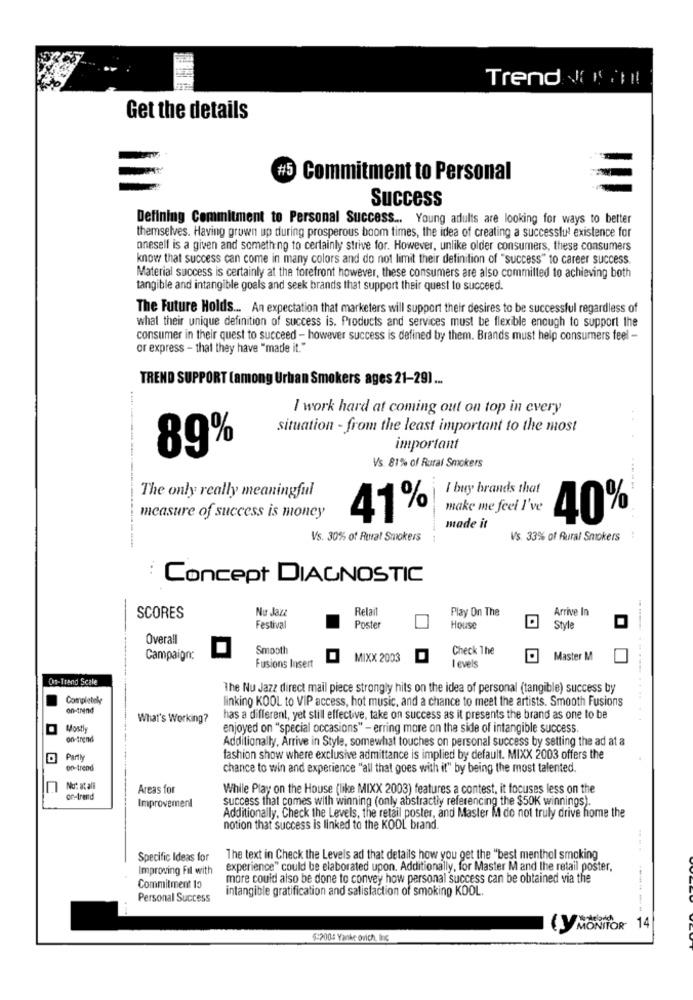
Trend want
Get the details
#5 Commitment to Personal
Success
Defining Commitment to Personal Success ... Young adults are looking for ways to better
themselves. Having grown up during prosperous boom times, the idea of creating a successful existence for
oneself is a given and something to certainly strive for. However, unlike older consumers, these consumers
know that success can come in many colors and do not limit their definition of "success" to career success.
Material success is certainly at the forefront however, these consumers are also committed to achieving both
tangible and intangible goals and seek brands that support their quest to succeed.
The Future Holds ... An expectation that marketers will support their desires to be successful regardless of
what their unique definition of success is. Products and services must be flexible enough to support the
consumer in their quest to succeed - however success is defined by them. Brands must help consumers feel -
or express - that they have "made it."
TREND SUPPORT (among Urban Smokers ages 21-29) ...
I work hard at coming out on top in every
situation - from the least important to the most
89%
important
Vs. 81% of Rural Smokers
I buy brands that
The only really meaningful
make me feel I've
measure of success is money
41%
40%
made it
Vs. 30% of Rural Smokers
Vs. 33% of Rural Smokers
Concept DIAGNOSTIC
Nu Jazz
Relail
Play On The
Arrive In
SCORES
Festival
Poster
House
Style
Overall
Smooth
Check The
Campaign:
MIXX 2003
Levels
Master M
Fusions Insert
On-Trend Scale
The Nu Jazz direct mail piece strongly hits on the idea of personal (tangible) success by
Completely
linking KOOL to VIP access, hot music, and a chance to meet the artists. Smooth Fusions
on-trend
What's Working?
has a different, yet still effective, take on success as it presents the brand as one to be
Mostly
enjoyed on "special occasions" - erring more on the side of intangible success.
on-trend
Additionally, Arrive in Style, somewhat touches on personal success by setting the ad at a
Partly
fashion show where exclusive admittance is implied by default. MIXX 2003 offers the
on-trend
chance to win and experience "all that goes with it" by being the most talented.
Not at all
Areas for
While Play on the House (like MIXX 2003) features a contest, it focuses less on the
on-trend
success that comes with winning (only abstractly referencing the $50K winnings).
Improvement
Additionally, Check the Levels, the retail poster, and Master M do not truly drive home the
notion that success is linked to the KODL brand.
Specific Ideas for
The text in Check the Levels ad that details how you get the "best menthol smoking
Improving Fil with
experience" could be elaborated upon. Additionally, for Master M and the retail poster,
more could also be done to convey how personal success can be obtained via the
Commitment 13
intangible gratification and salisfaction of smoking KDOL.
Personal Success
LY MONITOR 14
5:200: Yanke ovich, Inc